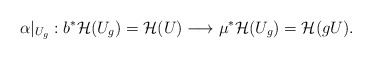
\begin{align*}\alpha|_{U_g}:b^*{\mathcal H}(U_g)={\mathcal H}(U)\longrightarrow\mu^*{\mathcal H}(U_g)={\mathcal H}(gU).\end{align*}